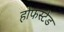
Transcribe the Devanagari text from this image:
होफस्टेड